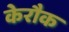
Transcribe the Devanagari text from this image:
केरौक